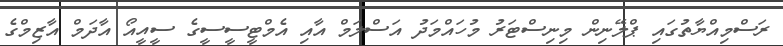
ރަސްމިއްޔާތުގައި ޕްލޭނިން މިނިސްޓަރު މުހައްމަދު އަސްލަމް އާއި އެމްޓީސީސީގެ ސީއީއޯ އާދަމް އާޒިމްގެ